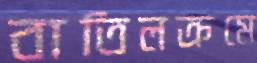
বাতিলক্রমে